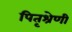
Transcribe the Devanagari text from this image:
पितृश्रेणी